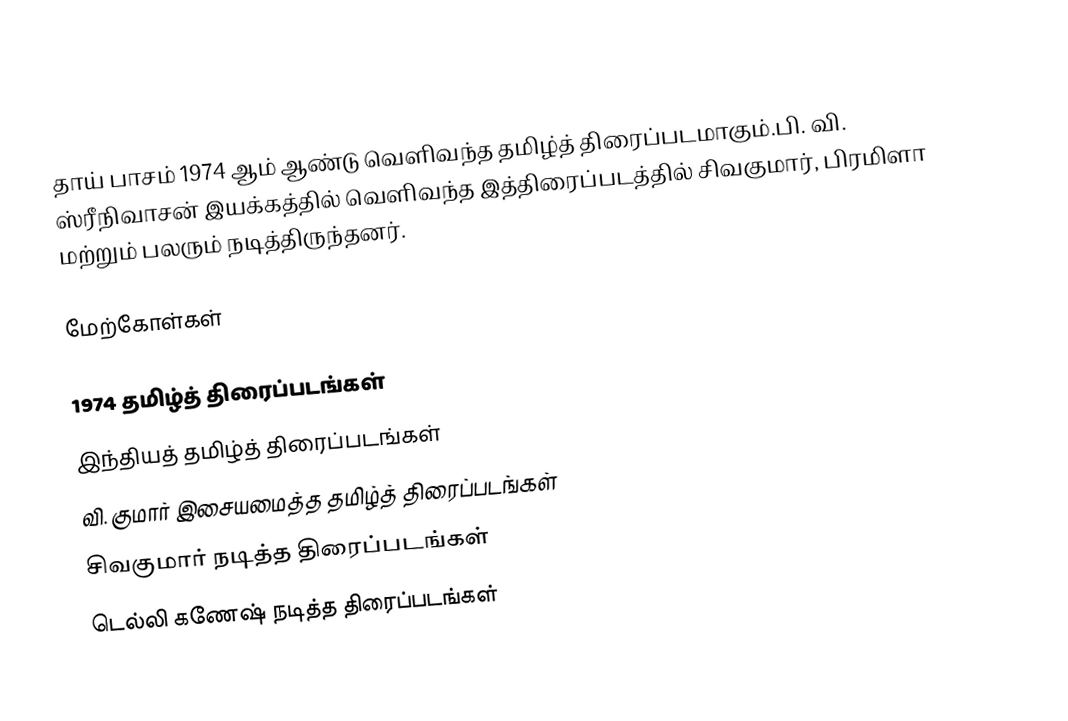
தாய் பாசம் 1974 ஆம் ஆண்டு வெளிவந்த தமிழ்த் திரைப்படமாகும்.பி. வி. ஸ்ரீநிவாசன் இயக்கத்தில் வெளிவந்த இத்திரைப்படத்தில் சிவகுமார், பிரமிளா மற்றும் பலரும் நடித்திருந்தனர்.

மேற்கோள்கள்

1974 தமிழ்த் திரைப்படங்கள்
இந்தியத் தமிழ்த் திரைப்படங்கள்
வி. குமார் இசையமைத்த தமிழ்த் திரைப்படங்கள்
சிவகுமார் நடித்த திரைப்படங்கள்
டெல்லி கணேஷ் நடித்த திரைப்படங்கள்